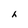
Character: h